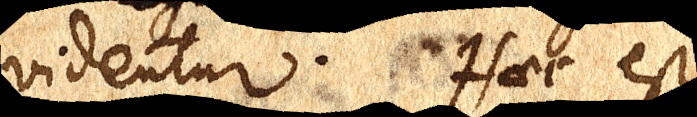
videntur. Haec est